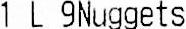
1 L 9NUGGETS